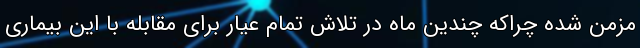
مزمن شده چراکه چندین ماه در تلاش تمام عیار برای مقابله با این بیماری